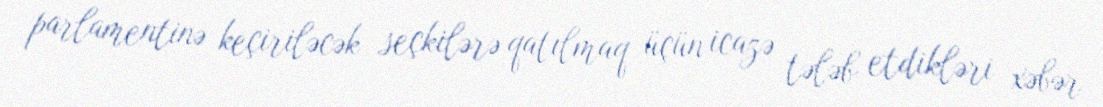
parlamentinə keçiriləcək seçkilərə qatılmaq üçün icazə tələb etdikləri xəbər